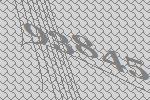
93845